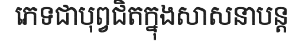
ភេទជាបុព្វជិតក្នុងសាសនាបន្ត